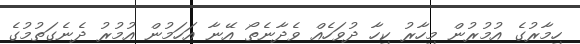
ހިމާރުގެ އުމުރުން މިހާރު ކިހާ ދުވަހެއް ވެދާނެތޯ އޭނާ އަހަމުން އުމުރު ދެނެގަތުމުގެ